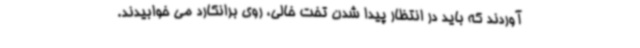
آوردند که باید در انتظار پیدا شدن تخت خالی، روی برانکارد می خوابیدند.